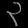
Digit: ၃